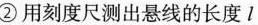
② 用刻度尺测出悬线的长度 l